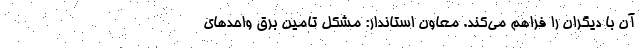
آن با دیگران را فراهم می‌کند. معاون استاندار: مشکل تامین برق واحدهای